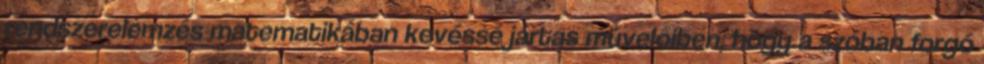
rendszerelemzés matematikában kevéssé jártas művelőiben, hogy a szóban forgó